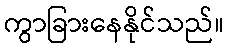
ကွာခြားနေနိုင်သည်။